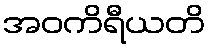
အဝကိရီယတိ